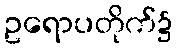
ဥရောပတိုက်၌